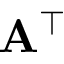
\mathbf { A } ^ { \top }